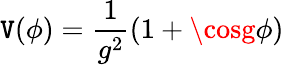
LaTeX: \mathtt{V}(\phi)=\frac{{1}}{{g^{2}}}(1+\cosg\phi)